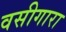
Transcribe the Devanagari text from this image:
वसीगारा